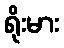
ရိုးမား